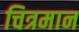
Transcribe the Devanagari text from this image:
चित्रमान